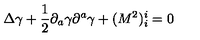
\Delta \gamma + { \frac { 1 } { 2 } } { \partial } _ { a } \gamma { \partial } ^ { a } \gamma + ( M ^ { 2 } ) _ { i } ^ { i } = 0